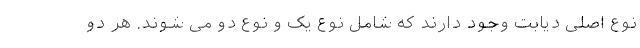
نوع اصلی دیابت وجود دارند که شامل نوع یک و نوع دو می شوند. هر دو